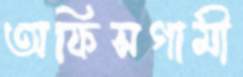
অফিসগামী